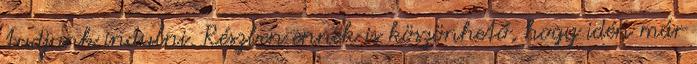
tudjunk indulni. Részben ennek is köszönhető, hogy idén már